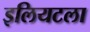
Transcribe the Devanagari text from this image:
इलियटला